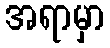
အရာမှာ